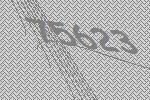
75623